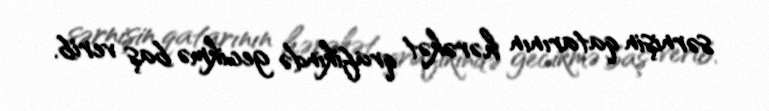
sərnişin qatarının hərəkət qrafikində gecikmə baş verib.